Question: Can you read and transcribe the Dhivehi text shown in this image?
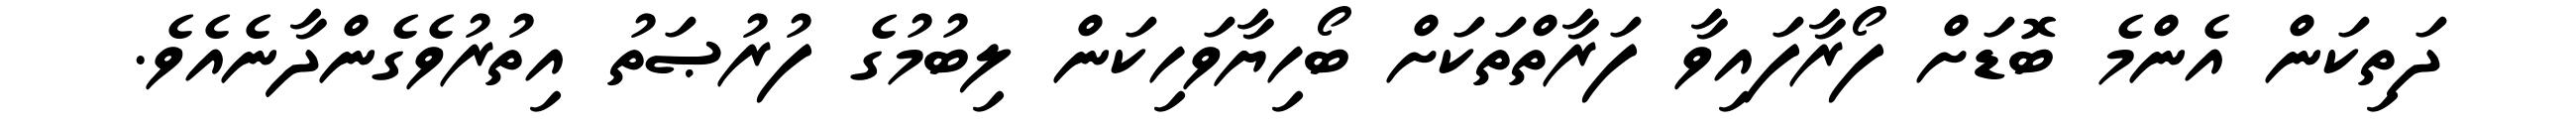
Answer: ދަތިކަން އެންމެ ބޮޑަށް ފޯރާފައިވާ ފަރާތްތަކަށް ބޯހިޔާވަހިކަން ލިބުމުގެ ފުރުޞަތު އިތުރުވެގެންދާނެއެވެ.